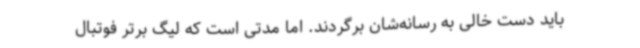
باید دست خالی به رسانه‌شان برگردند. اما مدتی است که لیگ برتر فوتبال